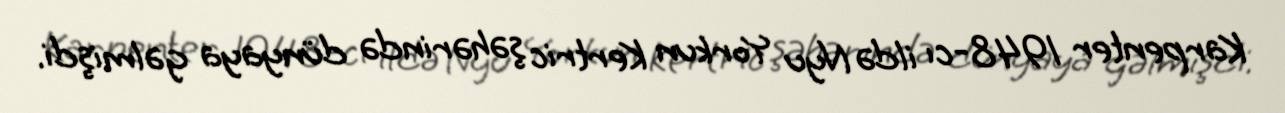
Karpenter 1948-cı ildə Nyu Yorkun Kertric şəhərində dünyaya gəlmişdi.